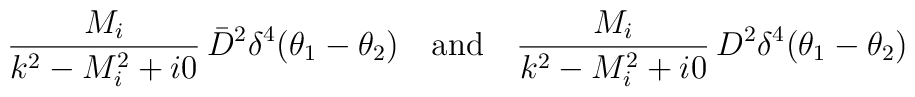
\frac{M_i}{k^2-M_i^2+i0}\,\bar D^2 \delta^4(\theta_1-\theta_2)\quad\mbox{and}\quad\frac{M_i}{k^2-M_i^2+i0}\, D^2 \delta^4(\theta_1-\theta_2)